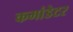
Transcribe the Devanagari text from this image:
कमांडेटर